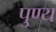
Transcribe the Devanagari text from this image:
पु्ण्य